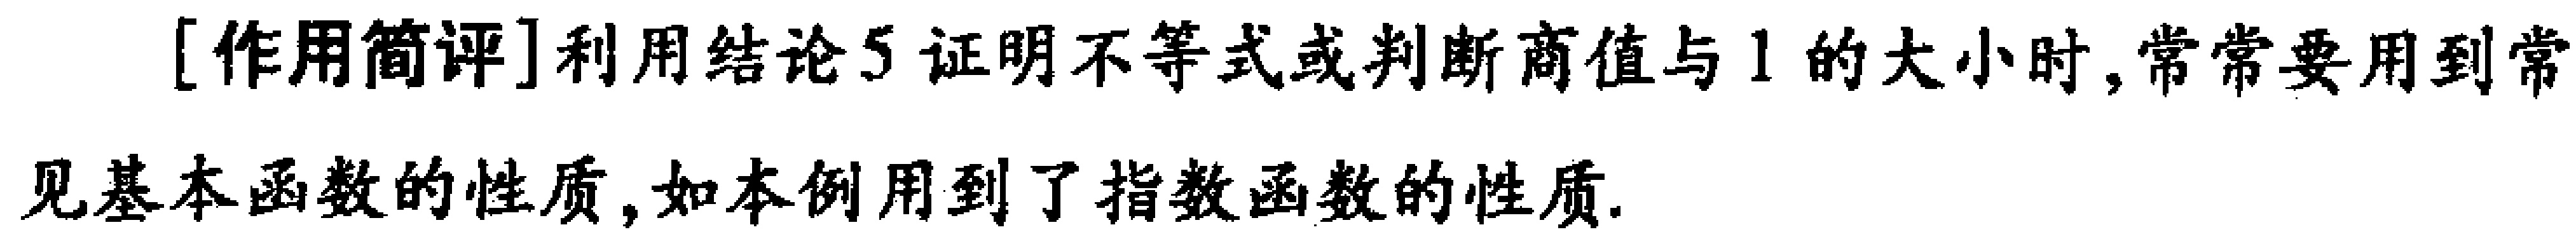
[作用简评]利用结论5证明不等式或判断商值与1的大小时,常常要用到常见基本函数的性质,如本例用到了指数函数的性质.